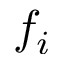
f _ { i }